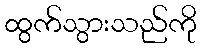
ထွက်သွားသည်ကို